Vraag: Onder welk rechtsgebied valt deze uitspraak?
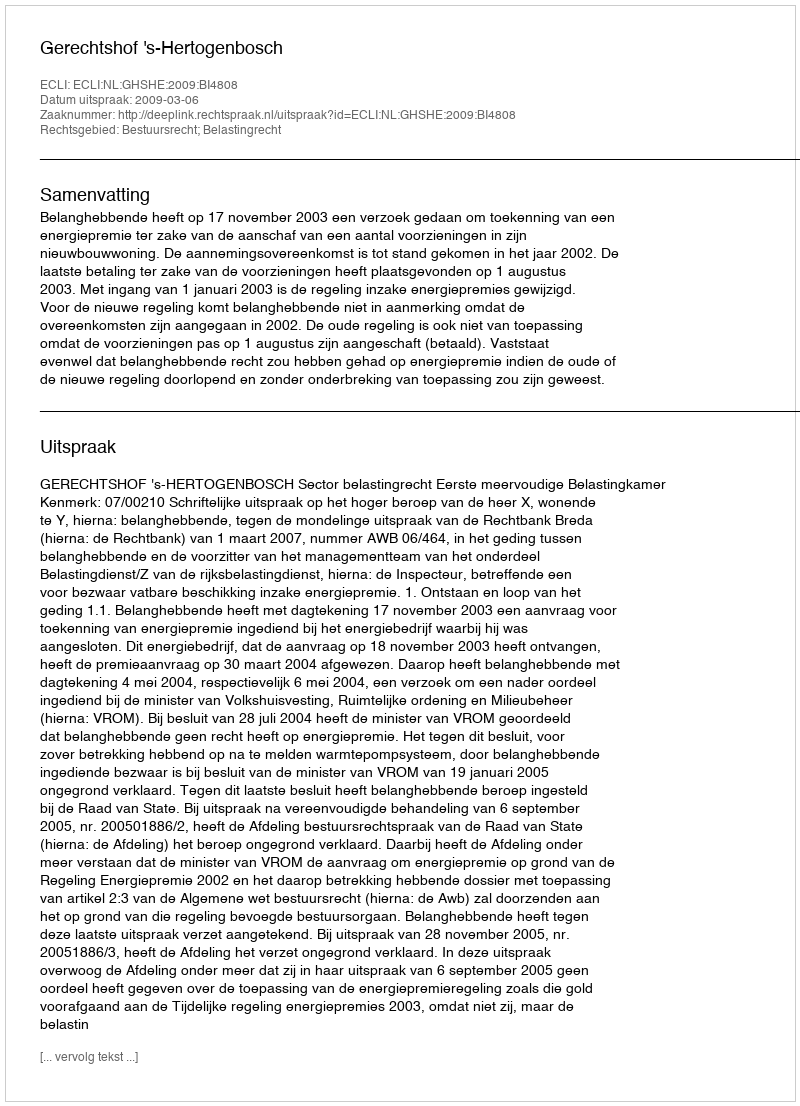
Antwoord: Bestuursrecht; Belastingrecht